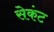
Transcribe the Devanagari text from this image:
सेकंट